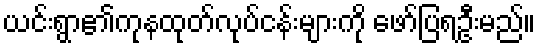
ယင်းရွာ၏ကုနထုတ်လုပ်ငန်းများကို ဖော်ပြရဦးမည်။